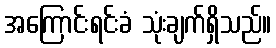
အကြောင်းရင်းခံ သုံးချက်ရှိသည်။